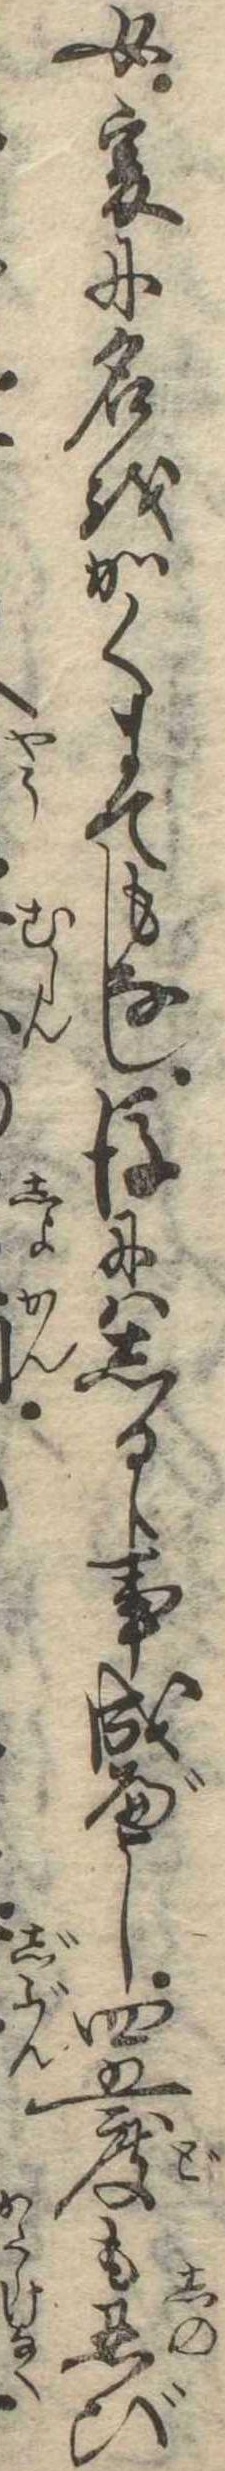
女爰に名をかくまでもなし後にはしるゝ事成べし四五度も忍び